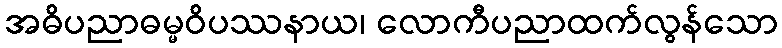
အဓိပညာဓမ္မဝိပဿနာယ၊ လောကီပညာထက်လွန်သော